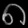
Digit: ၈